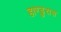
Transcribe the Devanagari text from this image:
हाण्डुरास